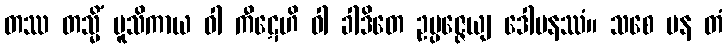
တဿ တသ္မိံ မူသိကာယ ဝါ ကီဋေဟိ ဝါ ခါဒိတေ ဥပ္ပဇ္ဇေယျ ဒေါမနဿံ။ သစေ ပန တံ